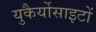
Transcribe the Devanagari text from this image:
युकैर्योसाइटों